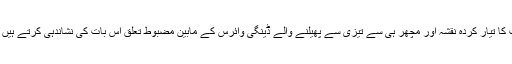
’تاہم زیکا وائرس پھیلنے کے دیگر واقعات کا تیار کردہ نقشہ اور مچھر ہی سے تیزی سے پھیلنے والے ڈینگی وائرس کے مابین مضبوط تعلق اس بات کی نشاندہی کرتے ہیں کہ یہ اتنی غیر معمولی بات بھی نہیں ہے۔